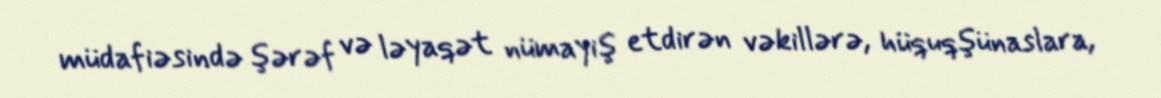
müdafiəsində şərəf və ləyaqət nümayiş etdirən vəkillərə, hüquqşünaslara,